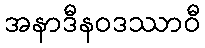
အနာဒီနဝဒဿာဝီ